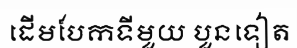
ដើមបែកទីមួយ បួនទៀត